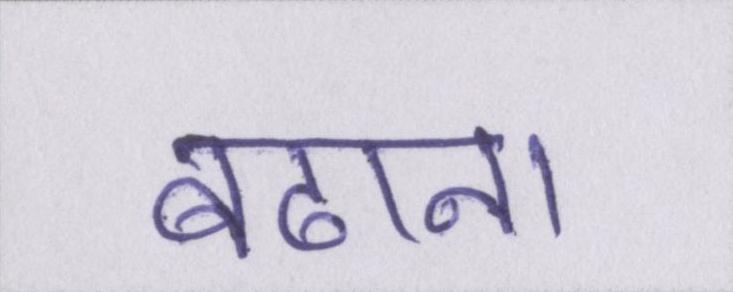
बढाना